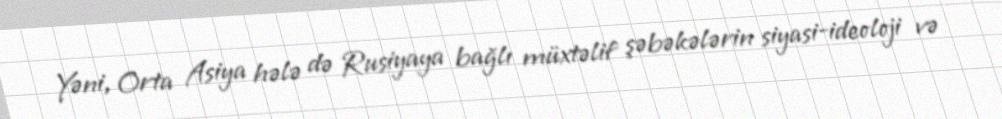
Yəni, Orta Asiya hələ də Rusiyaya bağlı müxtəlif şəbəkələrin siyasi-ideoloji və